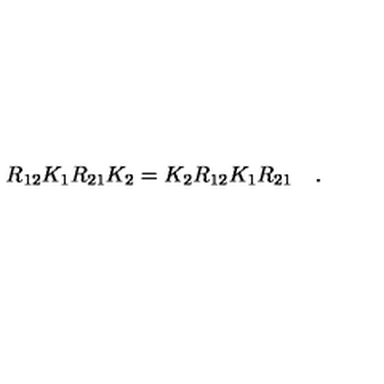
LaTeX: R _ { 1 2 } K _ { 1 } R _ { 2 1 } K _ { 2 } = K _ { 2 } R _ { 1 2 } K _ { 1 } R _ { 2 1 } \quad .